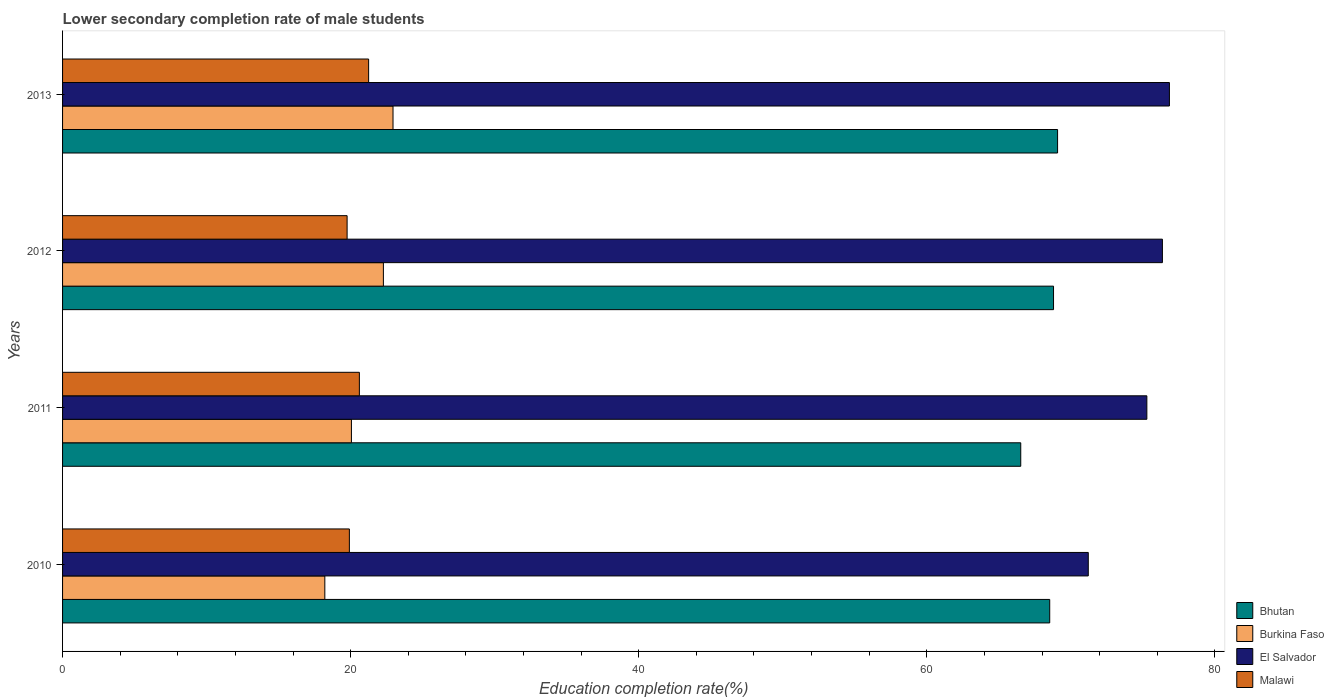
| Years | Bhutan | Burkina Faso | El Salvador | Malawi |
 | --- | --- | --- | --- | --- |
 | 2010 | 68.5 | 18.2 | 71.2 | 19.9 |
 | 2011 | 66.5 | 20.1 | 75.3 | 20.6 |
 | 2012 | 68.8 | 22.3 | 76.4 | 19.8 |
 | 2013 | 69.1 | 22.9 | 76.8 | 21.2 |